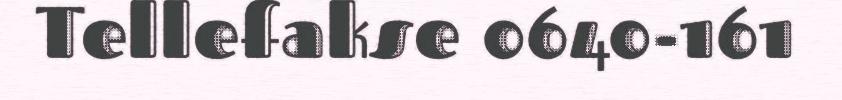
Tellefakse 0640-161